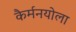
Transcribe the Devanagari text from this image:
कैर्मनयोला